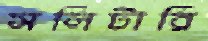
সলিটারি